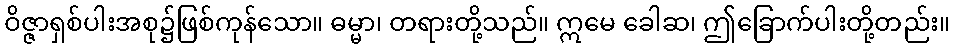
ဝိဇ္ဇာရှစ်ပါးအစု၌ဖြစ်ကုန်သော။ ဓမ္မာ၊ တရားတို့သည်။ ဣမေ ခေါဆ၊ ဤခြောက်ပါးတို့တည်း။